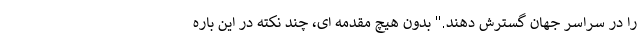
را در سراسر جهان گسترش دهند." بدون هیچ مقدمه ای، چند نکته در این باره